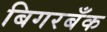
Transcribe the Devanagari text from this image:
बिगरबँक